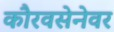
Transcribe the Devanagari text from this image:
कौरवसेनेवर